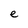
Character: e